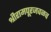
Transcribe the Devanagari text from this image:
श्रीरामपूरजवळच